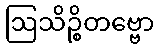
ဩသိဉ္စိတဗ္ဗော